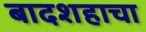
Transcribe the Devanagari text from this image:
बादशहाचा